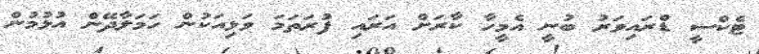
ޓެކްސީ ޑްރައިވަރު ބުނީ އެމީހާ ކާރަށް އަރައި ފުރަތަމަ ވަޅިއަކުން ހަމަލާދޭން އުޅުމުން